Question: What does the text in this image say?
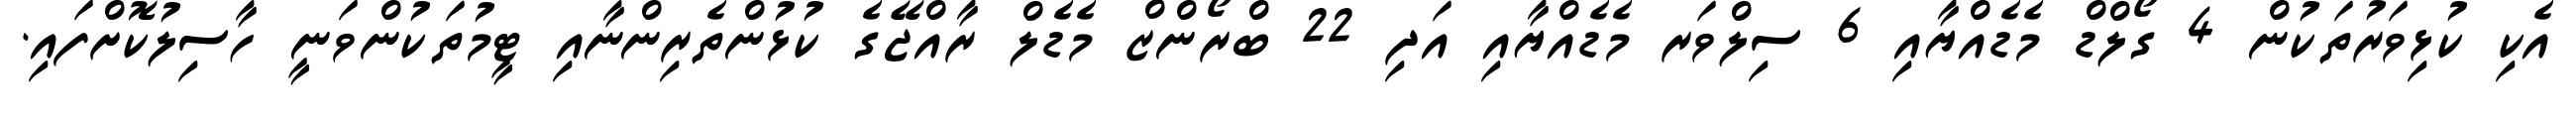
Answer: އެކި ކުޅިވަރުތަކުން 4 ގޯލްޑް މެޑެއްޔާއި 6 ސިލްވަރ މެޑެއްޔާއި އަދި 22 ބްރޯންޒް މެޑެލް ރާއްޖޭގެ ކުޅުންތެރިންނާއި ޓީމުތަކުންވަނީ ހާސިލުކޮށްފައި.